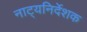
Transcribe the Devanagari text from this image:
नाट्यनिर्देशक